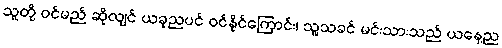
သူတို့ ဝင်မည် ဆိုလျင် ယခုညပင် ဝင်နိုင်ကြောင်း၊ သူ့သခင် မင်းသားသည် ယနေ့ည